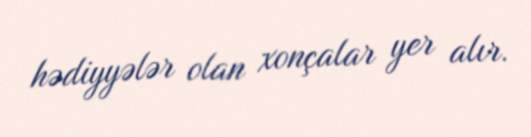
hədiyyələr olan xonçalar yer alır.